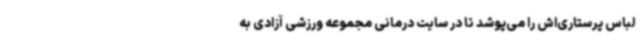
لباس پرستاری‌اش را می‌پوشد تا در سایت درمانی مجموعه ورزشی آزادی به